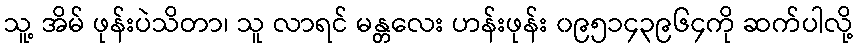
သူ့ အိမ် ဖုန်းပဲသိတာ၊ သူ လာရင် မန္တလေး ဟန်းဖုန်း ၀၉၅၁၄၃၉၆၄ကို ဆက်ပါလို့